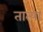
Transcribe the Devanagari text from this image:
तात्‍या